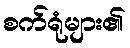
စက်ရုံများ၏